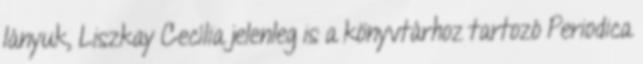
lányuk, Liszkay Cecília jelenleg is a könyvtárhoz tartozó Periodica